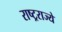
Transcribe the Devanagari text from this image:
राष्ट्रराज्ये